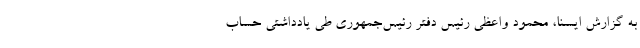
به گزارش ایسنا، محمود واعظی رئیس دفتر رئیس‌جمهوری طی یادداشتی حساب